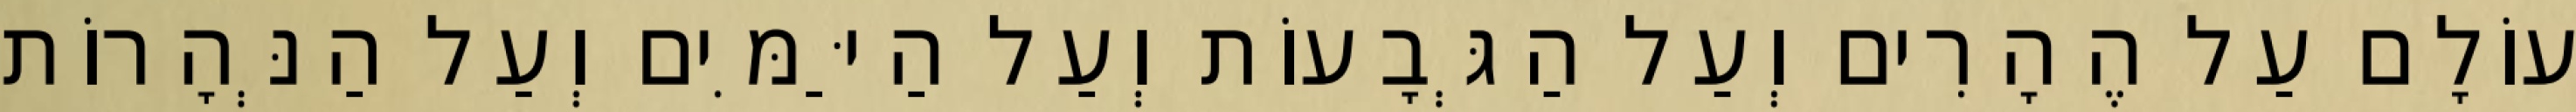
עוֹלָם עַל הֶהָרִים וְעַל הַגְּבָעוֹת וְעַל הַיַּמִּים וְעַל הַנְּהָרוֹת